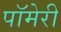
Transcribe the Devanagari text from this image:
पॉमेरी